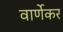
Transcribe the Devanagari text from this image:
वार्णेकर